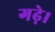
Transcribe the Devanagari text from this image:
गढ़े।